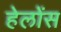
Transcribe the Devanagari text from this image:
हेलोंस